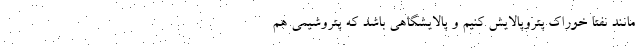
مانند نفتا خوراک پتروپالایش کنیم و پالایشگاهی باشد که پتروشیمی هم